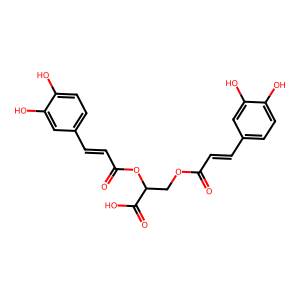
SMILES: O=C(C=Cc1ccc(O)c(O)c1)OCC(OC(=O)C=Cc1ccc(O)c(O)c1)C(=O)O
Inhibits HIV replication: No